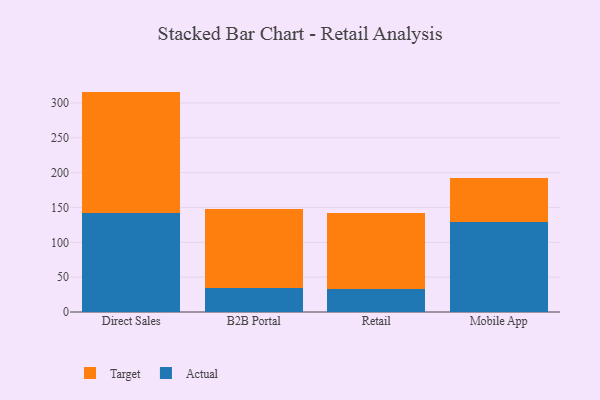
{"axis": {"x": "Channel", "y": "Production Output"}, "legend": ["Actual", "Target"], "data": [{"x": "Direct Sales", "y": 141.6, "type": "Actual"}, {"x": "Direct Sales", "y": 174.7, "type": "Target"}, {"x": "B2B Portal", "y": 35.0, "type": "Actual"}, {"x": "B2B Portal", "y": 113.4, "type": "Target"}, {"x": "Retail", "y": 33.7, "type": "Actual"}, {"x": "Retail", "y": 108.8, "type": "Target"}, {"x": "Mobile App", "y": 129.4, "type": "Actual"}, {"x": "Mobile App", "y": 63.5, "type": "Target"}]}